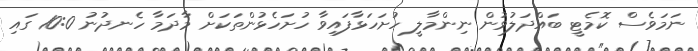
ނަމަވެސް ކޮމެޓީ ބައްދަލުވުން ނިންމާލީ ހުށަހަޅާފައިވާ ހުށަހެޅުންތަކަށް މާދަމާ ހެނދުނު 10:0 ގައި